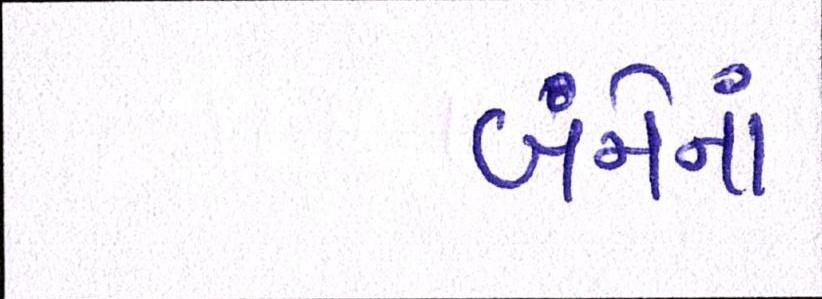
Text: બંનેનાં